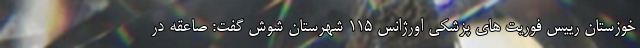
خوزستان رییس فوریت های پزشکی اورژانس ۱۱۵ شهرستان شوش گفت: صاعقه در